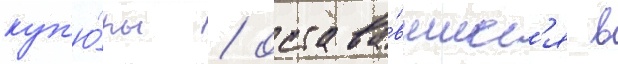
куп'ю́ры / остава́вшиес'я в